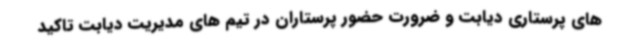
های پرستاری دیابت و ضرورت حضور پرستاران در تیم های مدیریت دیابت تاکید